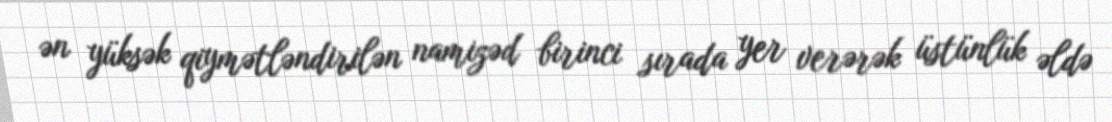
ən yüksək qiymətləndirilən namizəd birinci sırada yer verərək üstünlük əldə